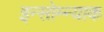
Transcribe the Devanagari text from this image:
इन्सोम्न्याक